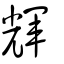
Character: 輝